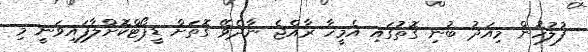
ފުލުހުން މިއަދު ބުނި ގޮތުގައި އެމީހާ ރާއްޖެ ނާދެވޭ ގޮތަށް ޑީޕޯޓްކޮށްލާފައިވަނީ މި